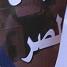
لصر